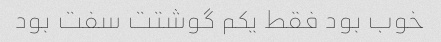
خوب بود فقط یکم گوشتت سفت بود